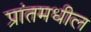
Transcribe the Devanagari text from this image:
प्रांतमधील